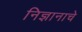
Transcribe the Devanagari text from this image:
निज्ञानाचे